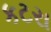
કટરા